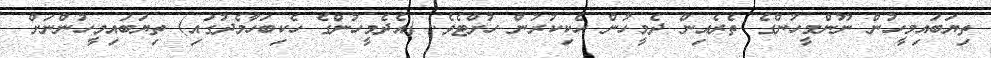
ތިޔަބައިމީހުން ނޫންމީހުންގެ ތެރެއިން ދެމީހުން ހެކިކުރުން ހުށްޓެވެ. (އެދެމީހުންގެ ހެކިބަހާމެދުގައި) ތިޔަބައިމީހުންނަށް